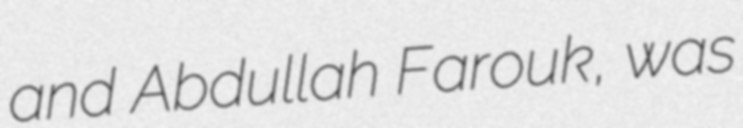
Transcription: and Abdullah Farouk, was